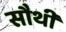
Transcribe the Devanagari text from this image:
सौथी